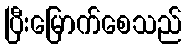
ပြီးမြောက်စေသည်